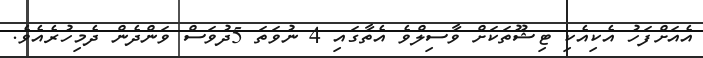
އެއަށްފަހު އެކިއެކި ޓިޝޫތަކަށް ވާސިލްވެ އެތާގައި 4 ނުވަތަ 5ދުވަސް ވަންދެން ދެމިހުރެއެވެ.